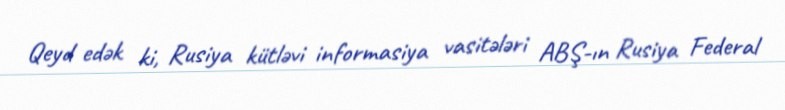
Qeyd edək ki, Rusiya kütləvi informasiya vasitələri ABŞ-ın Rusiya Federal